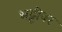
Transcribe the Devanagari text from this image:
भट्टीवर